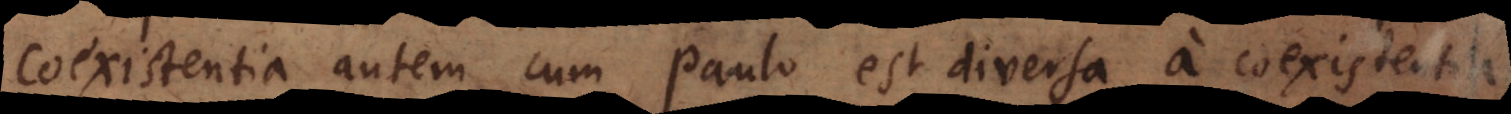
coexistentia autem cum Paulo est diversa a coexistentia